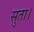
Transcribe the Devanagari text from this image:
सुता।